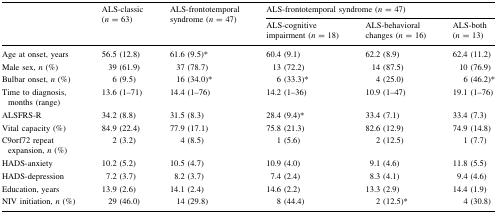
<table><thead><tr><td rowspan="2"></td><td rowspan="2"><b>ALS-classic (<i>n</i> = 63)</b></td><td rowspan="2"><b>ALS-frontotemporal syndrome (<i>n</i> = 47)</b></td><td colspan="3"><b>ALS-frontotemporal syndrome (<i>n</i> = 47)</b></td></tr><tr><td><b>ALS-cognitive impairment (<i>n</i> = 18)</b></td><td><b>ALS-behavioral changes (<i>n</i> = 16)</b></td><td><b>ALS-both (<i>n</i> = 13)</b></td></tr></thead><tbody><tr><td>Age at onset, years</td><td>56.5 (12.8)</td><td>61.6 (9.5)*</td><td>60.4 (9.1)</td><td>62.2 (8.9)</td><td>62.4 (11.2)</td></tr><tr><td>Male sex, <i>n</i> (%)</td><td>39 (61.9)</td><td>37 (78.7)</td><td>13 (72.2)</td><td>14 (87.5)</td><td>10 (76.9)</td></tr><tr><td>Bulbar onset, <i>n</i> (%)</td><td>6 (9.5)</td><td>16 (34.0)*</td><td>6 (33.3)*</td><td>4 (25.0)</td><td>6 (46.2)*</td></tr><tr><td>Time to diagnosis, months (range)</td><td>13.6 (1–71)</td><td>14.4 (1–76)</td><td>14.2 (1–36)</td><td>10.9 (1–47)</td><td>19.1 (1–76)</td></tr><tr><td>ALSFRS-R</td><td>34.2 (8.8)</td><td>31.5 (8.3)</td><td>28.4 (9.4)*</td><td>33.4 (7.1)</td><td>33.4 (7.3)</td></tr><tr><td>Vital capacity (%)</td><td>84.9 (22.4)</td><td>77.9 (17.1)</td><td>75.8 (21.3)</td><td>82.6 (12.9)</td><td>74.9 (14.8)</td></tr><tr><td>C9orf72 repeat expansion, <i>n</i> (%)</td><td>2 (3.2)</td><td>4 (8.5)</td><td>1 (5.6)</td><td>2 (12.5)</td><td>1 (7.7)</td></tr><tr><td>HADS-anxiety</td><td>10.2 (5.2)</td><td>10.5 (4.7)</td><td>10.9 (4.0)</td><td>9.1 (4.6)</td><td>11.8 (5.5)</td></tr><tr><td>HADS-depression</td><td>7.2 (3.7)</td><td>8.2 (3.7)</td><td>7.4 (2.4)</td><td>8.3 (4.1)</td><td>9.4 (4.6)</td></tr><tr><td>Education, years</td><td>13.9 (2.6)</td><td>14.1 (2.4)</td><td>14.6 (2.2)</td><td>13.3 (2.9)</td><td>14.4 (1.9)</td></tr><tr><td>NIV initiation, <i>n</i> (%)</td><td>29 (46.0)</td><td>14 (29.8)</td><td>8 (44.4)</td><td>2 (12.5)*</td><td>4 (30.8)</td></tr></tbody></table>